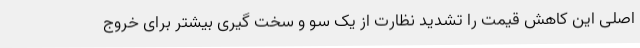
اصلی این کاهش قیمت را تشدید نظارت از یک سو و سخت گیری بیشتر برای خروج